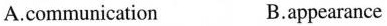
A.communication B.appearance